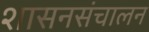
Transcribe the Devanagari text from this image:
शासनसंचालन